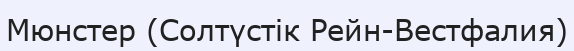
Мюнстер (Солтүстік Рейн-Вестфалия)